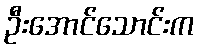
ဦးအောင်သောင်းက